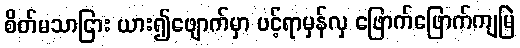
စိတ်မသာငြား ယား၍ဖျောက်မှာ ပင့်ရာမှန်လှ ဖြောက်ဖြောက်ကျမြဲ